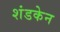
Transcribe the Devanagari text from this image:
शंडकेन